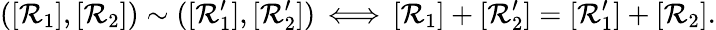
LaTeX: ([\mathcal{R}_{1}],[\mathcal{R}_{2}])\sim([\mathcal{R}_{1}^{\prime}],[\mathcal{R}_{2}^{\prime}])\, \Longleftrightarrow\, [\mathcal{R}_{1}]+[\mathcal{R}_{2}^{\prime}]=[\mathcal{R}_{1}^{\prime}]+[\mathcal{R}_{2}].